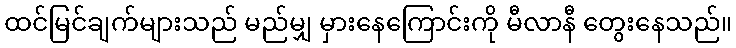
ထင်မြင်ချက်များသည် မည်မျှ မှားနေကြောင်းကို မီလာနီ တွေးနေသည်။